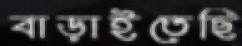
বাড়াইতেছি